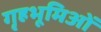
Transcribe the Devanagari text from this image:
गृहभूमिओं